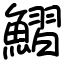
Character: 鰼